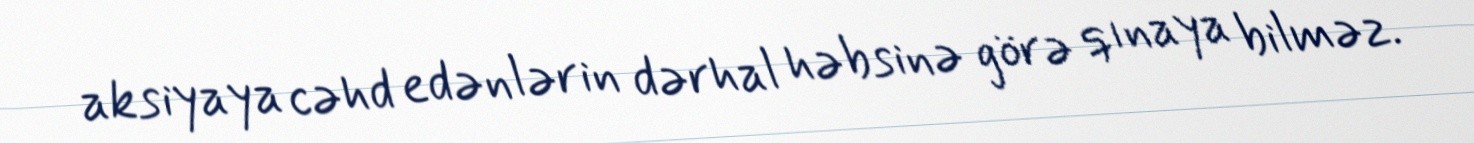
aksiyaya cəhd edənlərin dərhal həbsinə görə qınaya bilməz.